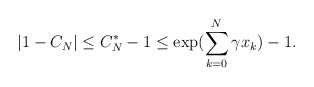
\begin{align*}|1 - C_N| \leq C_N^* - 1 \leq \exp( \sum \limits_{k=0}^N \gamma x_k ) - 1.\end{align*}